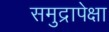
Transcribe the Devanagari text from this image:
समुद्रापेक्षा